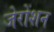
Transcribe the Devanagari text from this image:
जेरोंशन